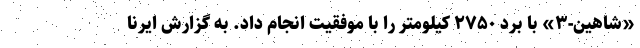
«شاهین-۳» با برد ۲۷۵۰ کیلومتر را با موفقیت انجام داد. به گزارش ایرنا